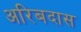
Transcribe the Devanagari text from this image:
अरिबदास